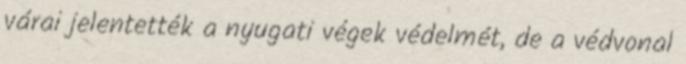
várai jelentették a nyugati végek védelmét, de a védvonal